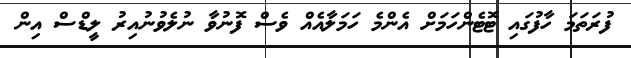
ފުރަތަމަ ހާފުގައި ޓޮޓެންހަމަށް އެންމެ ހަމަލާއެއް ވެސް ފޮނުވާ ނުލެވުނުއިރު ލީޑްސް އިން